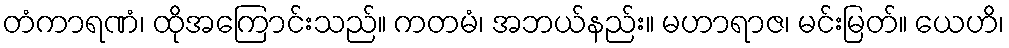
တံကာရဏံ၊ ထိုအကြောင်းသည်။ ကတမံ၊ အဘယ်နည်း။ မဟာရာဇ၊ မင်းမြတ်။ ယေဟိ၊